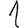
Digit: 1